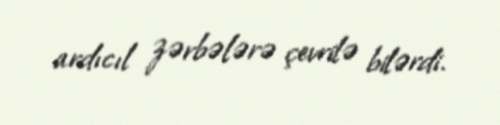
ardıcıl zərbələrə çevrilə bilərdi.